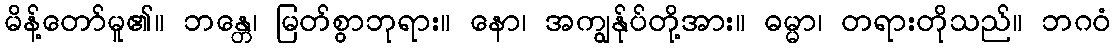
မိန့်တော်မူ၏။ ဘန္တေ၊ မြတ်စွာဘုရား။ နော၊ အကျွန်ုပ်တို့အား။ ဓမ္မာ၊ တရားတိုသည်။ ဘဂဝံ